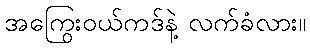
အကြွေးဝယ်ကဒ်နဲ့ လက်ခံလား။